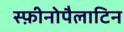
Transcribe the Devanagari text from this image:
स्फ़ीनोपैलाटिन